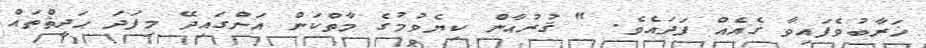
ޚަރާބުވެފައިވާ ގެއެއް ފަދައެވެ. " ޤުރުއާން ކިޔެވުމުގެ މާތްކަން އަންގައިދޭ މިފަދަ ޙަދީޘްތައް